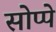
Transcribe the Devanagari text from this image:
सोप्पे